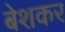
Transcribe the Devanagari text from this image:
बेशकर